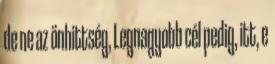
de ne az önhittség, Legnagyobb cél pedig, itt, e